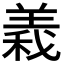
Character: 𮊫